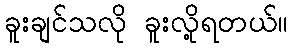
ခူးချင်သလို ခူးလို့ရတယ်။